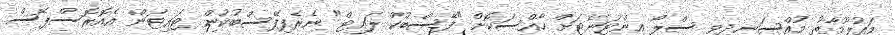
މައުލޫމާތު މުއްސަނދިވި ސްލޯ އިންޓަނެޓަށް ހާއްސަކޮށް "ފޭސްބުކް ލައިޓް" ނެރެފިފޭސްބުކުން ޓައިޓަން އެއޮރޮސްޕޭސް